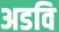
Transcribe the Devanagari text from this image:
अडवि